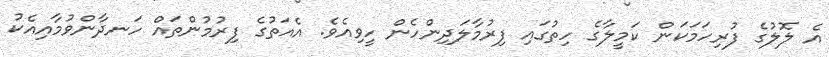
އެ ލޮލުގެ ފުރިހަމަކަން ކަމީލާގެ ހިތުގައި ފިރުމާލަދިންހެން ހީވިއެވެ. އެއަތުގެ ފިރުމުންތައް ހަނދާންވުމާއިއެކު